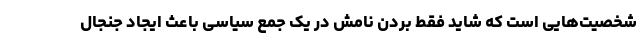
شخصیت‌هایی است که شاید فقط بردن نامش در یک جمع سیاسی باعث ایجاد جنجال